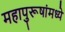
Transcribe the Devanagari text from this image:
महापुरूषांमध्ये